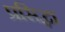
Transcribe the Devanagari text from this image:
प्रसिद्धा